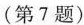
(第7题)